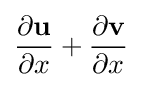
{\frac {\partial \mathbf {u} }{\partial x}}+{\frac {\partial \mathbf {v} }{\partial x}}